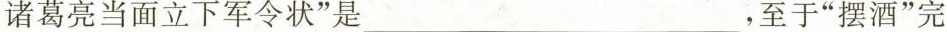
诸葛亮当面立下军令状”是，至于”摆酒”完